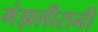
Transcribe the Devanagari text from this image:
मंझलीरानी